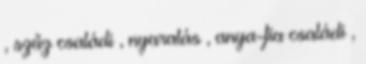
, szűz családi , nyaralás , anya-fia családi ,